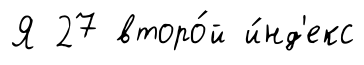
Я 27 второ́й и́нд'екс